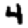
Digit: 4